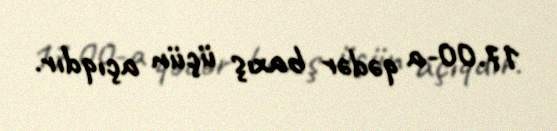
17.00-a qədər baxış üçün açıqdır.